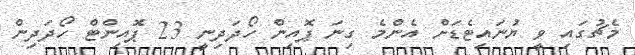
މެޗުގައި ވީ ޔުނައިޓެޑަށް އެންމެ ގިނަ ޕޮއިން ހޯދަދިނީ 23 ޕޮއިންޓް ހޯދަދިން